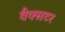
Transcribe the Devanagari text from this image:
वैक्सटर